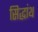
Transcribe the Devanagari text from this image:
सिद्धांथ